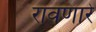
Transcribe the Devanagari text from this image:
रावणारे